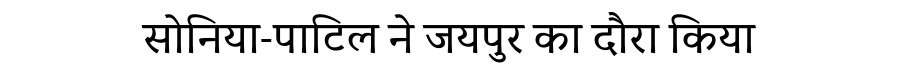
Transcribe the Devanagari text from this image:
सोनिया-पाटिल ने जयपुर का दौरा किया